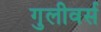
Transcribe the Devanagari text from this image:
गुलीवर्स